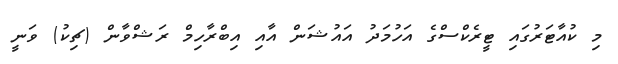
މި ކުއާޓަރުގައި ޓީރެކްސްގެ އަހުމަދު އައުޝަން އާއި އިބްރާހިމް ރަޝްވާން (ޗިކު) ވަނީ